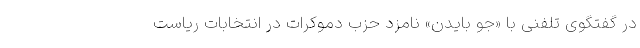
در گفتگوی تلفنی با «جو بایدن» نامزد حزب دموکرات در انتخابات ریاست